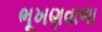
ભૂખણવાળા